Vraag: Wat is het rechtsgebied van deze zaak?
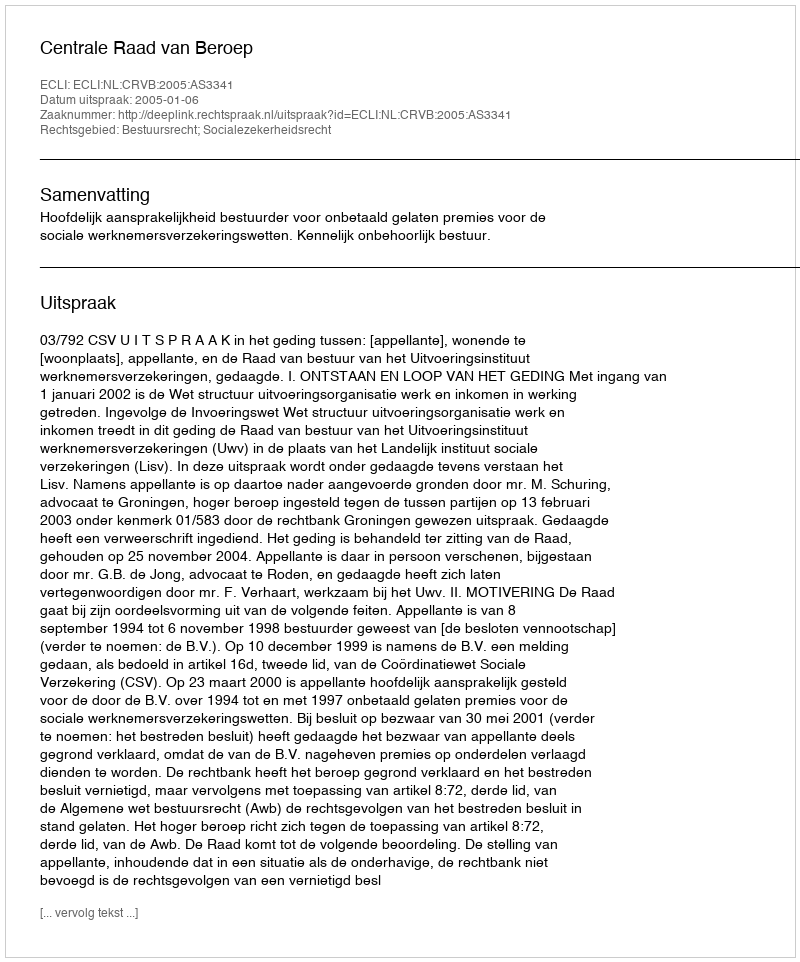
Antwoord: Bestuursrecht; Socialezekerheidsrecht